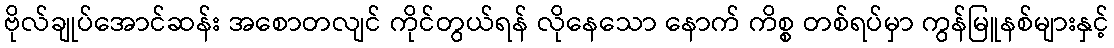
ဗိုလ်ချုပ်အောင်ဆန်း အစောတလျင် ကိုင်တွယ်ရန် လိုနေသော နောက် ကိစ္စ တစ်ရပ်မှာ ကွန်မြူနစ်များနှင့်